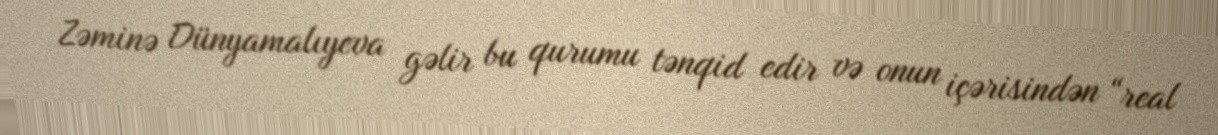
Zəminə Dünyamalıyeva gəlir bu qurumu tənqid edir və onun içərisindən “real